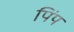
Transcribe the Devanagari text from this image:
पिंप